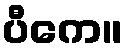
ပီကေ။